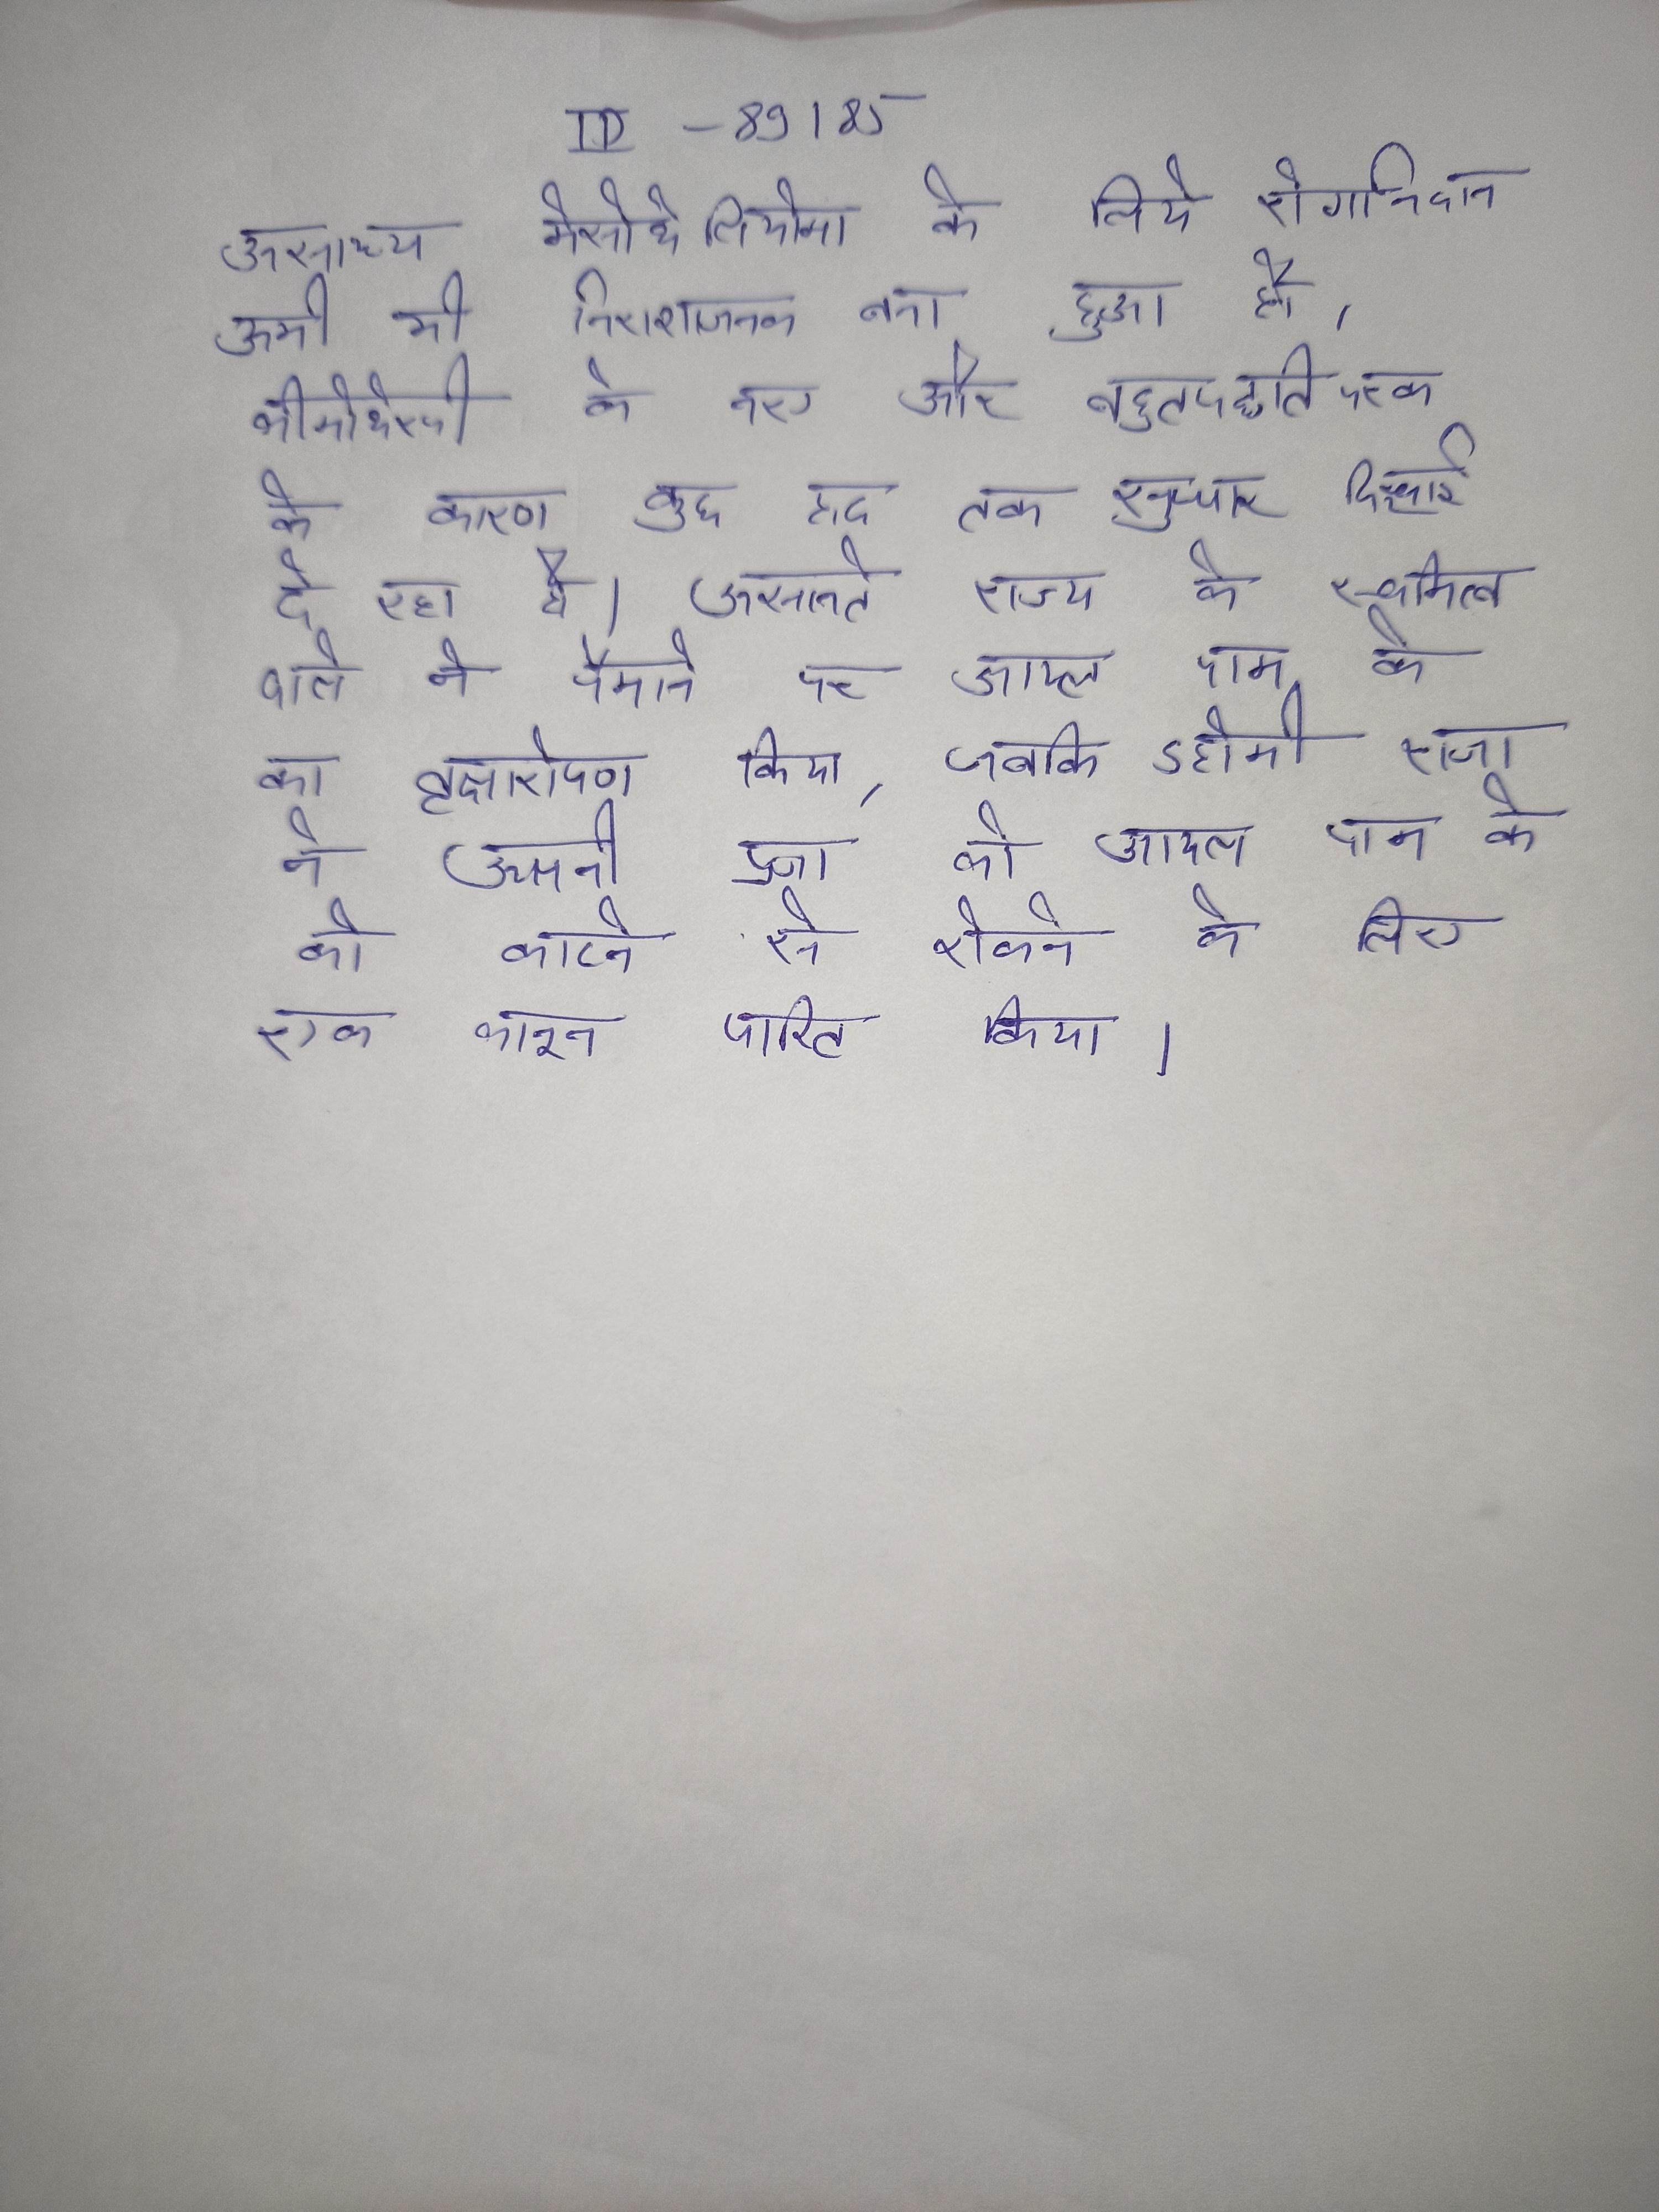
असाध्य मेसोथेलियोमा के लिये रोगनिदान अभी भी निराशाजनक बना हुआ है, कीमोथेरपी के नए और बहुपद्धतिपरक के कारण कुछ हद तक सुधार दिखाई दे रहा है । असानते राज्य के स्वामित्व वाले ने पैमाने पर आयल पाम के का वृक्षारोपण किया, जबकि डहोमी राजा ने अपनी प्रजा को आयल पाम के को काटने से रोकने के लिए एक कानून पारित किया ।